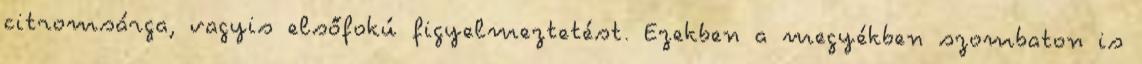
citromsárga, vagyis elsőfokú figyelmeztetést. Ezekben a megyékben szombaton is